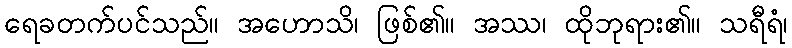
ရေခတက်ပင်သည်။ အဟောသိ၊ ဖြစ်၏။ အဿ၊ ထိုဘုရား၏။ သရီရံ၊